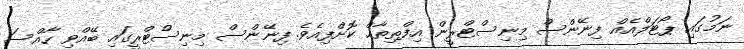
ނަމުގައި ޕޯޓަލްއެއް ފިނޭންސް މިނިސްޓްރީން އިފްތިތާޙް ކޮށްފިއެވެ. ފިނޭންސް މިނިސްޓްރީގައި ބޭއްވި ހާއްސަ